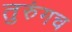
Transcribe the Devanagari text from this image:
तुरुंगच